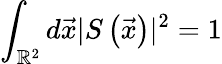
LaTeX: \int_{\mathbb{R}^{2}}d\vec{x}|S\left(\vec{x}\right)|^{2}=1